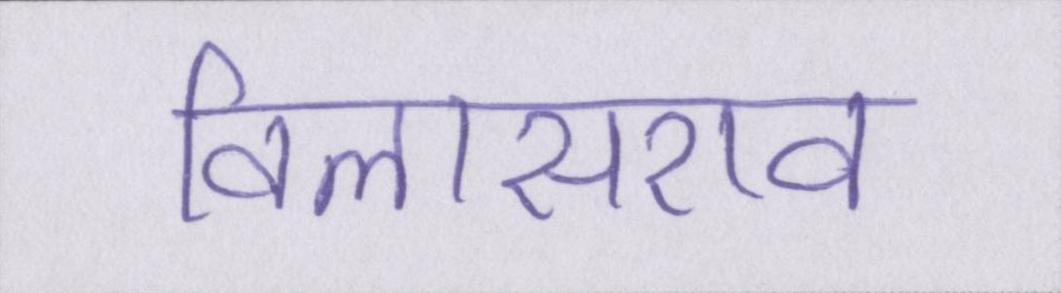
विलासराव